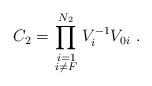
LaTeX: \begin{align*}C_2=\prod_{\scriptstyle i=1\atop \scriptstyle i\neq F}^{N_2}V_i^{-1}V_{0i}\ .\end{align*}